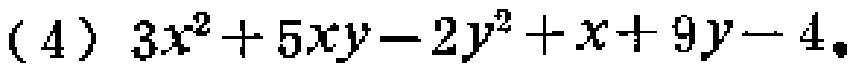
(4) \(3x^{2}+5xy - 2y^{2}+x + 9y - 4\)